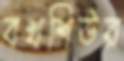
বখশিউর